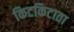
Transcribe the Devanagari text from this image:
किटकिटाता